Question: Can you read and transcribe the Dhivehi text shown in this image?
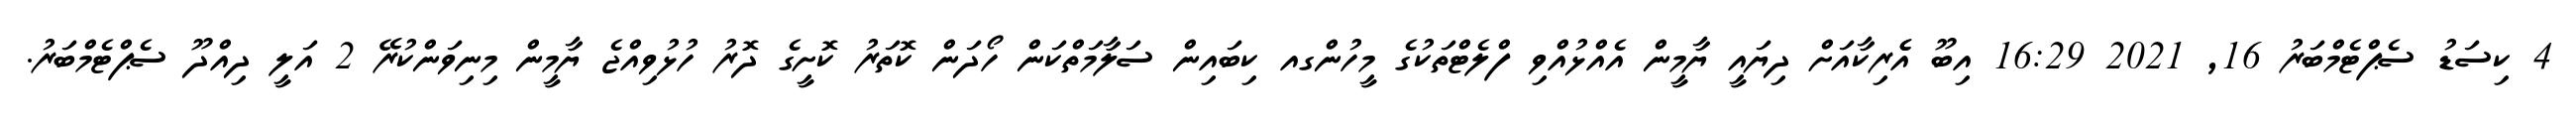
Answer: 4 ކިސަޑު ސެޕްޓެމްބަރު 16, 2021 16:29 އިބޫ އެެރިކާއަށް ދިޔައީ ޔާމީން އެއްޅުއްވި ފްލެޓްތަކުގެ މީހުންގއ ކިބައިން ސަލާމަތްކަން ހޯދަން ކޮތަރު ކޮށީގެ ދޮރު ހުޅުވިއްޖެ ޔާމީން މިނިވަންކުރޭ 2 އަލީ ދިއްދޫ ސެޕްޓެމްބަރު.